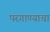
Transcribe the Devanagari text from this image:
परगाण्याचा